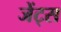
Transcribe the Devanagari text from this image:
जेंट्स